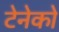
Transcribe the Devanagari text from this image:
टेनेको